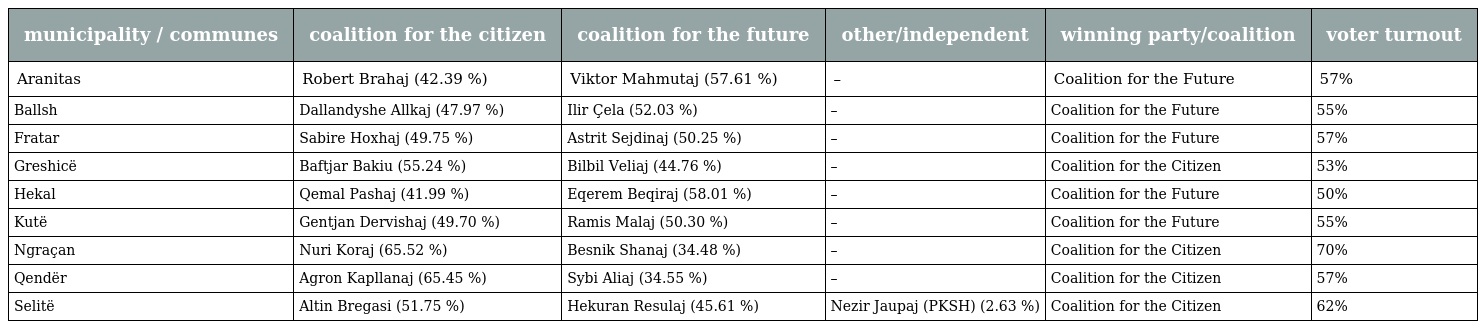
| municipality / communes | coalition for the citizen | coalition for the future | other/independent | winning party/coalition | voter turnout |
 | --- | --- | --- | --- | --- | --- |
 | Aranitas | Robert Brahaj (42.39 %) | Viktor Mahmutaj (57.61 %) | – | Coalition for the Future | 57% |
 | Ballsh | Dallandyshe Allkaj (47.97 %) | Ilir Çela (52.03 %) | – | Coalition for the Future | 55% |
 | Fratar | Sabire Hoxhaj (49.75 %) | Astrit Sejdinaj (50.25 %) | – | Coalition for the Future | 57% |
 | Greshicë | Baftjar Bakiu (55.24 %) | Bilbil Veliaj (44.76 %) | – | Coalition for the Citizen | 53% |
 | Hekal | Qemal Pashaj (41.99 %) | Eqerem Beqiraj (58.01 %) | – | Coalition for the Future | 50% |
 | Kutë | Gentjan Dervishaj (49.70 %) | Ramis Malaj (50.30 %) | – | Coalition for the Future | 55% |
 | Ngraçan | Nuri Koraj (65.52 %) | Besnik Shanaj (34.48 %) | – | Coalition for the Citizen | 70% |
 | Qendër | Agron Kapllanaj (65.45 %) | Sybi Aliaj (34.55 %) | – | Coalition for the Citizen | 57% |
 | Selitë | Altin Bregasi (51.75 %) | Hekuran Resulaj (45.61 %) | Nezir Jaupaj (PKSH) (2.63 %) | Coalition for the Citizen | 62% |